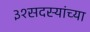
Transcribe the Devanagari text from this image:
३१सदस्यांच्या